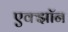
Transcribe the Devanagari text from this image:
एक्झॉन